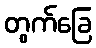
တွက်ခြေ